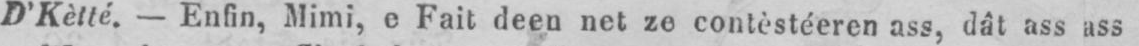
D’Kètté. - Enfin, Mimi, e Fait deen net ze contèstéeren ass, dât ass ass